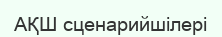
АҚШ сценарийшілері